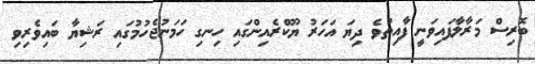
ބޮރިސް މަރާލާފައިވަނީ ފާއިތުވެ ދިޔަ އަހަރު ޔޫކްރެއިންގައި ހިނގި ހަމަނުޖެހުމުގައި ރަޝިޔާ ބައިވެރިވި